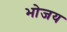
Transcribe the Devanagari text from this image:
भोजय